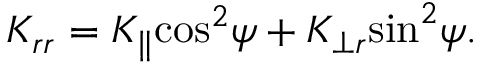
K _ { r r } = K _ { \parallel } { \cos } ^ { 2 } \psi + K _ { \perp r } { \sin } ^ { 2 } \psi .